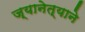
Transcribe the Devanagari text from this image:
ज्यानेत्याने